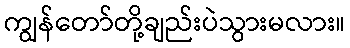
ကျွန်တော်တို့ချည်းပဲသွားမလား။